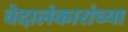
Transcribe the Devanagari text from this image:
वेदालंकारांच्या